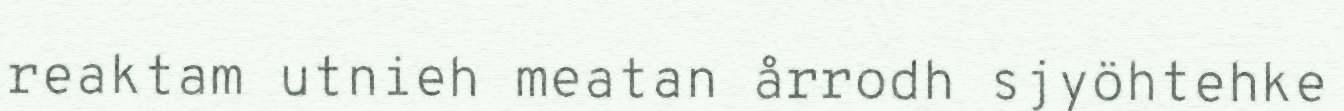
reaktam utnieh meatan årrodh sjyöhtehke